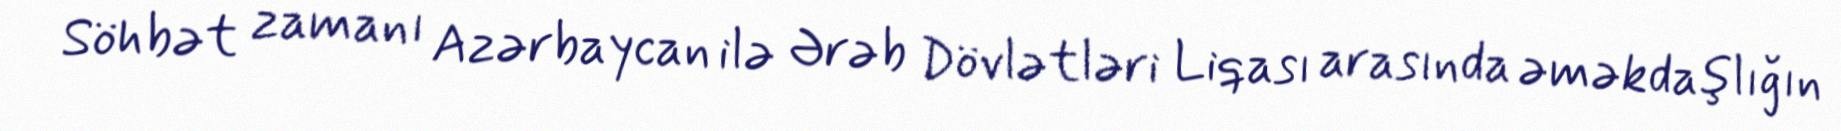
Söhbət zamanı Azərbaycan ilə Ərəb Dövlətləri Liqası arasında əməkdaşlığın